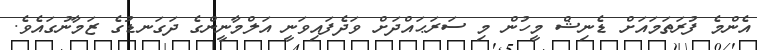
އެންމެ ފުރަތަމައަށް ޑެނިޝް މީހުން މި ސަރަޙައްދަށް ވަދެފައިވަނީ އަލްމާނީންގެ ދަގަނޑުގެ ޒަމާނުގައެވެ.